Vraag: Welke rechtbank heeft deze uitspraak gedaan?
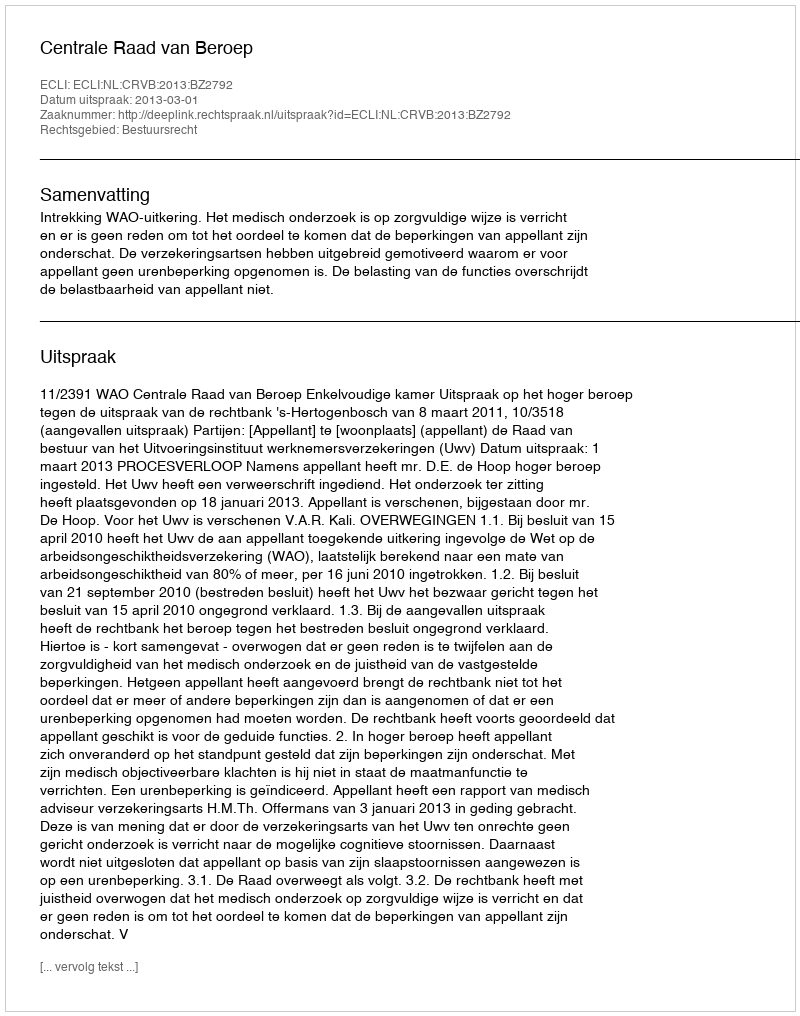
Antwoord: Centrale Raad van Beroep